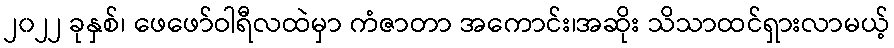
၂၀၂၂ ခုနှစ်၊ ဖေဖော်ဝါရီလထဲမှာ ကံဇာတာ အကောင်း၊အဆိုး သိသာထင်ရှားလာမယ့်